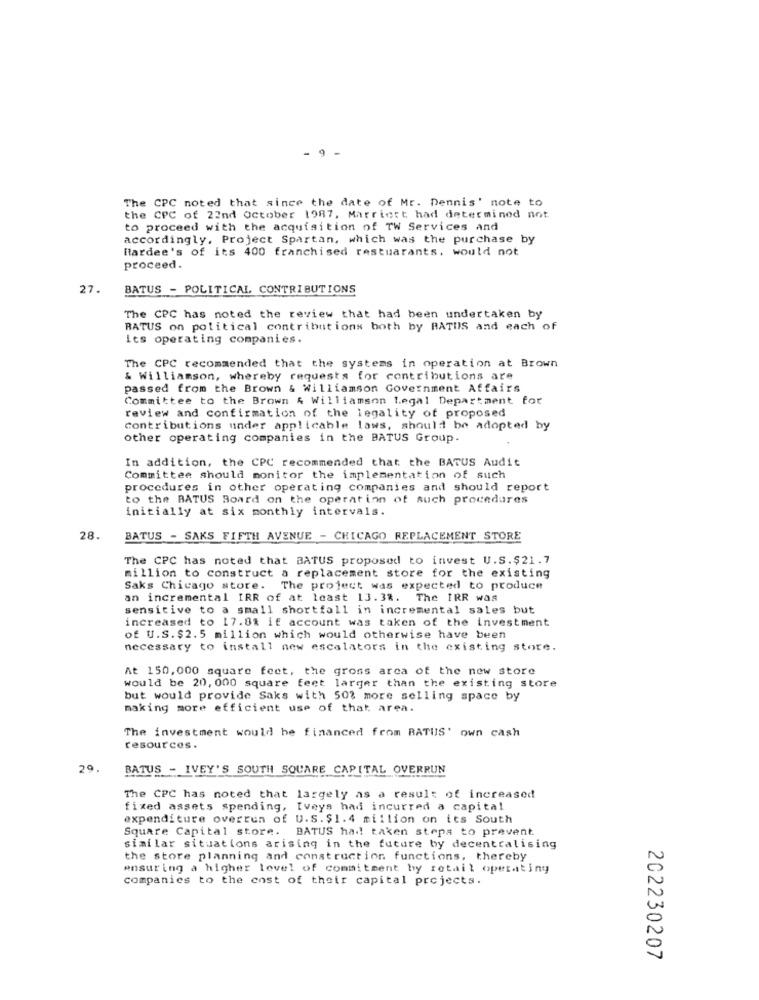
9
The CPC noted that since the date of Mr. Dennis' note to
the CPC of 22nd October 1987, Marriott had determined not
to proceed with the acquisition of TW Services and
accordingly, Project Spartan, which was the purchase by
Hardee's of its 400 franchised restuarants. would not
proceed.
27.
BATUS - POLITICAL CONTRIBUTIONS
The CPC has noted the review that had been undertaken by
RATUS on political contributions both by RATUS and each of
its operating companies.
The CPC recommended that the systems in operation at Brown
& Williamson, whereby requests for contributions are
passed from the Brown & Williamson Government Affairs
Committee to the Brown & Williamson Legal Department for
review and confirmation of the legality of proposed
contributions under applicable laws, should be adopted by
other operating companies in the BATUS Group.
In addition, the CPC recommended that the BATUS Audit
Committee should monitor the implementation of such
procedures in other operating companies and should report
to the BATUS Board on the operation of such procedures
initially at six monthly intervals.
28.
BATUS - SAKS FIFTH AVENUE - CHICAGO REPLACEMENT STORE
The CPC has noted that BATUS proposed to invest U.S.$21.7
million to construct a replacement store for the existing
Saks Chicago store. The project was expected to produce
an incremental IRR of at least 13.3%. The IRR was
sensitive to a small shortfall in incremental sales but
increased to 17.8% if account was taken of the investment
of U.S.$2.5 million which would otherwise have been
necessary to install new escalators in the existing store.
At 150,000 square feet, the gross arca of the new store
would be 20, 000 square feet larger than the existing store
but would provide Saks with 50% more selling space by
making more efficient use of that area.
The investment would he financed from RATUS' own cash
resources.
29.
BATUS - IVEY'S SOUTH SQUARE CAPITAL OVERRUN
The CPC has noted that largely as a result of increased
fixed assets spending, Iveys had incurred a capital
expenditure overrun of U.S. $1.4 million on its South
Square Capital store. BATUS had taken steps to prevent
similar situations arising in the future by decentralising
the store planning and construction functions, thereby
ensuring a higher level of commitment by retail operating
companies to the cost of their capital projects.
202230207